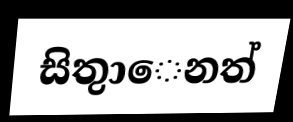
සිතුාෙනත්